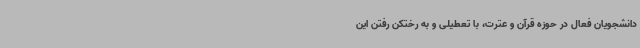
دانشجویان فعال در حوزه قرآن و عترت، با تعطیلی و به رختکن رفتن این